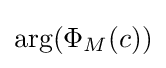
\arg(\Phi _{M}(c))